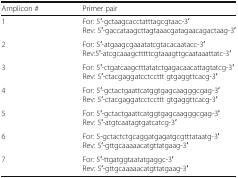
<table><thead><tr><td><b>Amplicon #</b></td><td><b>Primer pair</b></td></tr></thead><tbody><tr><td>1</td><td>For: 5′-gctaagcacctatttagcgtaac-3′Rev: 5′-gaccataagcttagtaaacgatagaacagactaag-3′</td></tr><tr><td>2</td><td>For: 5′-atgaagcgaaatatcgtacacaatacc-3′Rev:5′-atcgcaaagctttttcgtaaagttgcaataaattatc-3′</td></tr><tr><td>3</td><td>For: 5′-ctgatcaagctttatatctgagacaacattagtatcg-3′Rev: 5′-ctacgaggatcctccttt gtgaggttcacg-3′</td></tr><tr><td>4</td><td>For: 5′-gctactgaattcatggtgagcaagggcgag-3′Rev: 5′-ctacgaggatcctccttt gtgaggttcacg-3′</td></tr><tr><td>5</td><td>For: 5′-gctactgaattcatggtgagcaagggcgag-3′Rev: 5′-atgtcaatagtgatcatcg-3′</td></tr><tr><td>6</td><td>For: 5-gctactctgcaggatgagatgcgtttataatg-3′Rev: 5′-gttgcaaaaacatgttatgaag-3′</td></tr><tr><td>7</td><td>For: 5′-ttgatggtaatatgaggc-3′Rev: 5′-gttgcaaaaacatgttatgaag-3′</td></tr></tbody></table>